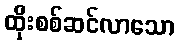
ထိုးစစ်ဆင်လာသော